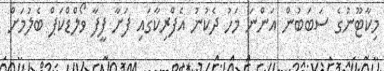
މިކާޓޫނުގެ ސަބަބުން އަންނަ މަހު ދެކުނު އެފްރިކާގައި ފަށާ ފީފާ ވޯލްޑްކަޕް ބެލުމަށް